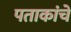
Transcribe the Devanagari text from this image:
पताकांचे